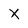
Character: X